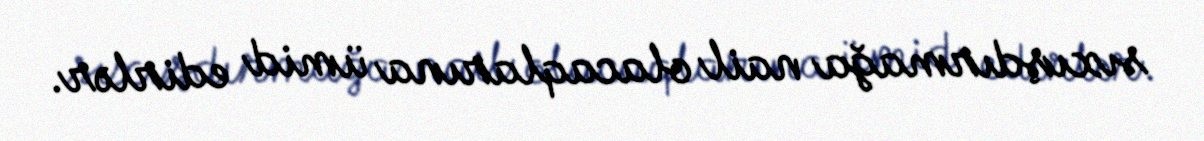
sıxışdırmağa nail olacaqlarına ümid edirlər.